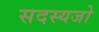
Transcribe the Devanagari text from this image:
सदस्यजो